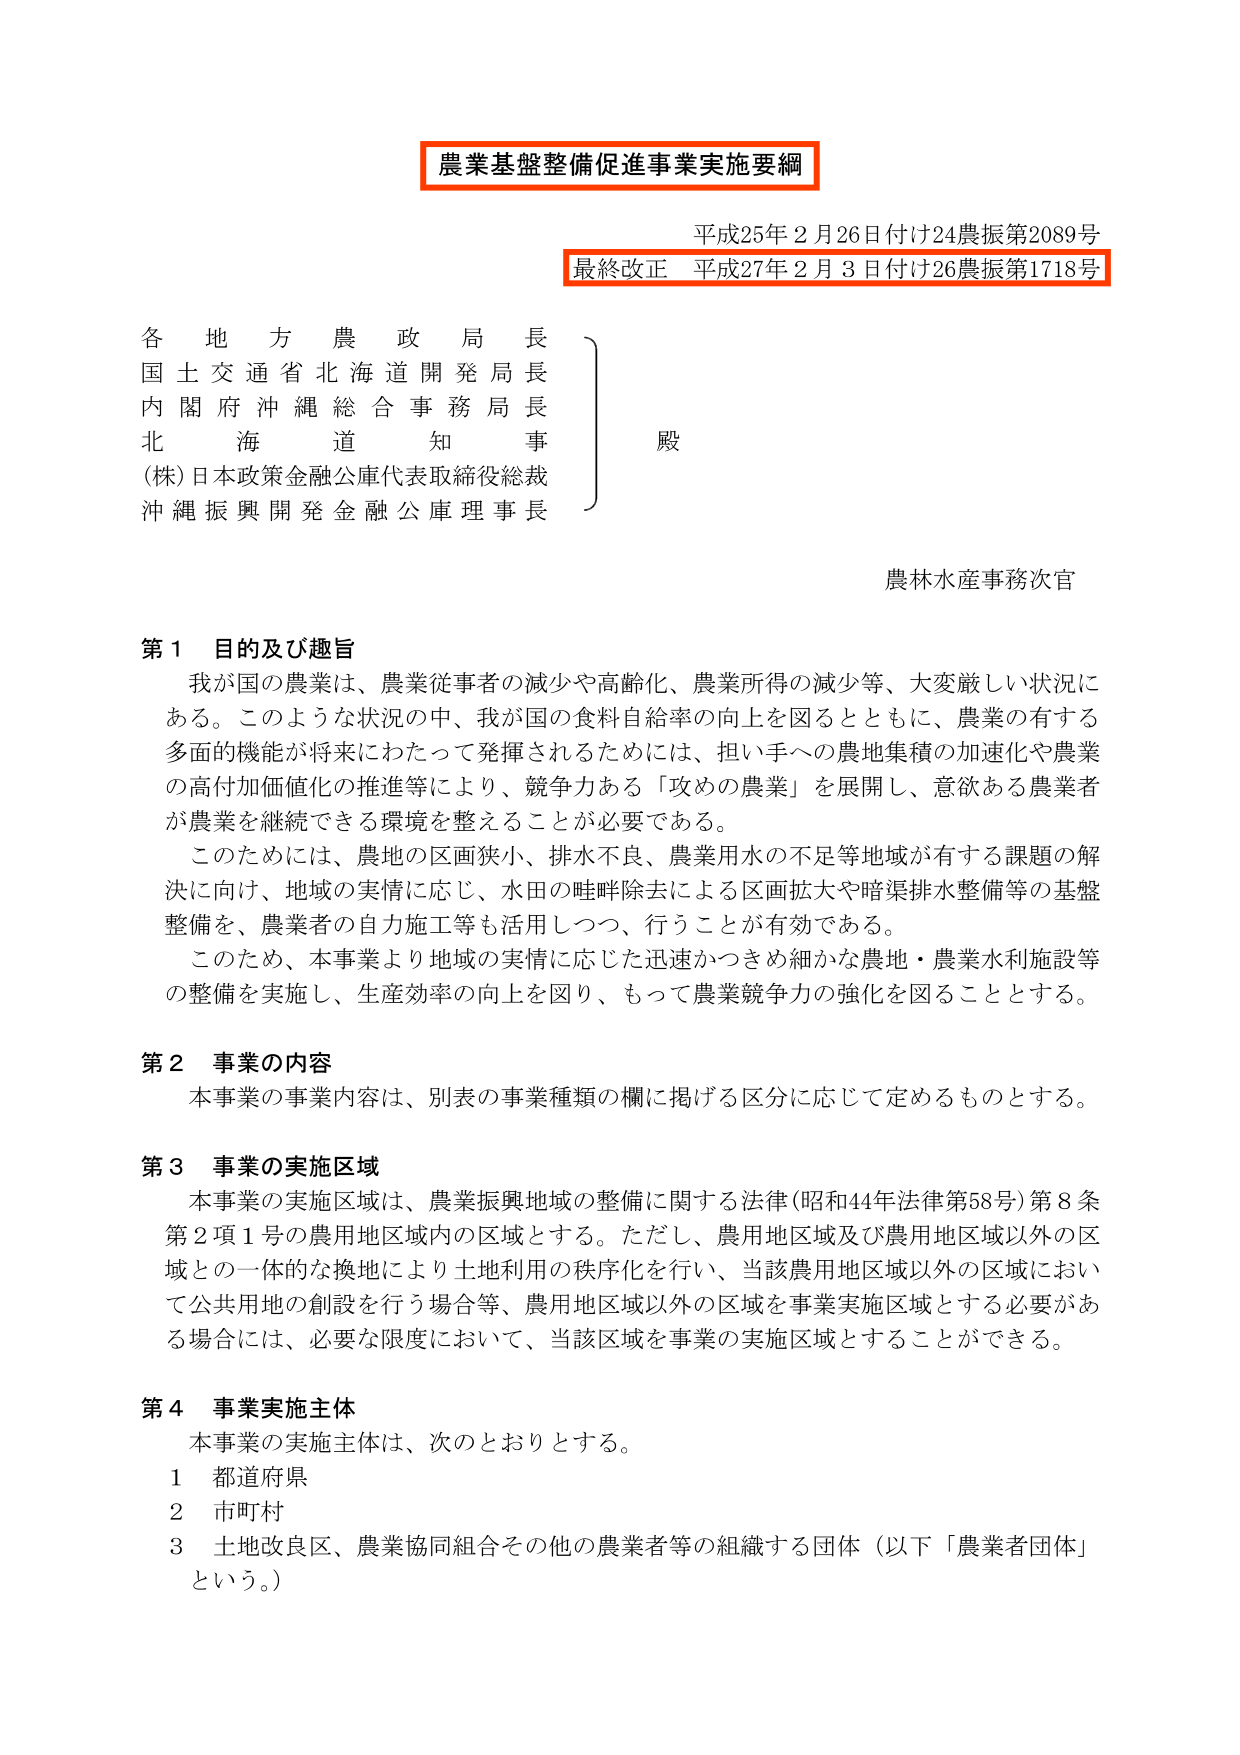
農業基盤整備促進事業実施要綱
平成25年2月26日付け24農振第2089号
最終改正 平成27年2月3日付け26農振第1718号

各地方農政局長
国土交通省北海道開発局長
内閣府沖縄総合事務局長
北海道知事
(株)日本政策金融公庫代表取締役総裁
沖縄振興開発金融公庫理事長

殿

農林水産事務次官

第1 目的及び趣旨
我が国の農業は、農業従事者の減少や高齢化、農業所得の減少等、大変厳しい状況にある。このような状況の中、我が国の食料自給率の向上を図るとともに、農業の有する多面的機能が将来にわたって発揮されるためには、担い手への農地集積の加速化や農業の高付加価値化の推進等により、競争力ある「攻めの農業」を展開し、意欲ある農業者が農業を継続できる環境を整えることが必要である。
このためには、農地の区画狭小、排水不良、農業用水の不足等地域が有する課題の解決に向け、地域の実情に応じ、水田の畦畔除去による区画拡大や暗渠排水整備等の基盤整備を、農業者の自力施工等も活用しつつ、行うことが有効である。
このため、本事業により地域の実情に応じた迅速かつきめ細かな農地・農業水利施設等の整備を実施し、生産効率の向上を図り、もって農業競争力の強化を図ることとする。

第2 事業の内容
本事業の事業内容は、別表の事業種類の欄に掲げる区分に応じて定めるものとする。

第3 事業の実施区域
本事業の実施区域は、農業振興地域の整備に関する法律（昭和44年法律第58号）第8条第2項1号の農用地区域内の区域とする。ただし、農用地区域及び農用地区域以外の区域との一体的な換地により土地利用の秩序化を行い、当該農用地区域以外の区域において公共用地の創設を行う場合等、農用地区域以外の区域を事業実施区域とする必要がある場合には、必要な限度において、当該区域を事業の実施区域とすることができる。

第4 事業実施主体
本事業の実施主体は、次のとおりとする。
1 都道府県
2 市町村
3 土地改良区、農業協同組合その他の農業者等の組織する団体（以下「農業者団体」という。）